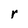
Character: r